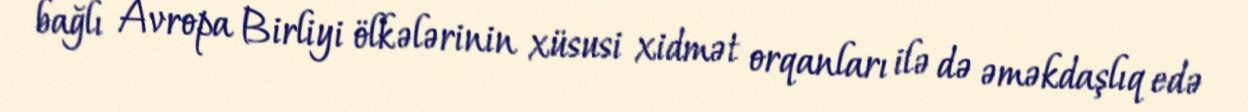
bağlı Avropa Birliyi ölkələrinin xüsusi xidmət orqanları ilə də əməkdaşlıq edə